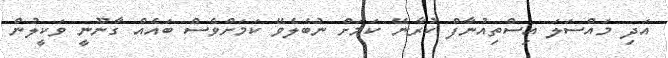
އަދި މައްސަލަ އިސްތިއުނާފް ކުރާނޭ ކަމަށް ނުބެލެވޭ ކަމަށްވެސް ބައެއް ގާނޫނީ ވަކީލުން